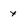
Character: x